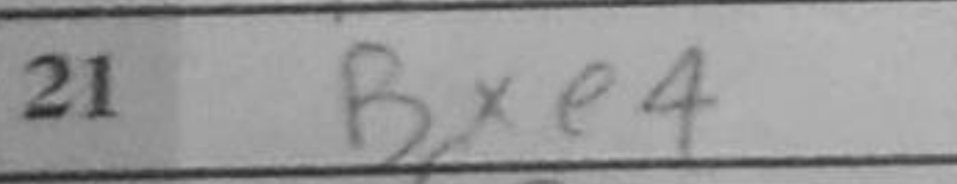
Transcription: Bxe4